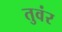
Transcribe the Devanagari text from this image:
तुवंर